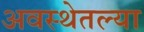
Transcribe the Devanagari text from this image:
अवस्थेतल्या